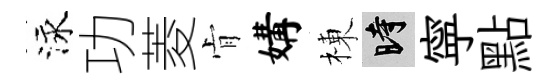
泳功菱肻媾棟时寜點